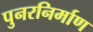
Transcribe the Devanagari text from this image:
पुनरनिर्माण